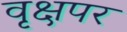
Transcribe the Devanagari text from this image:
वृक्षपर